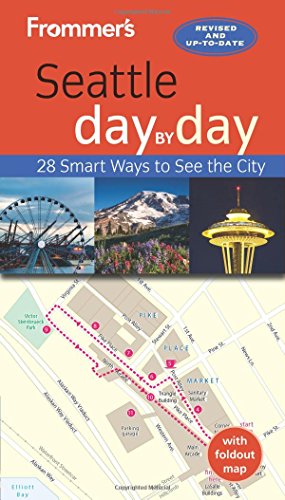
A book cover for Frommer's Seattle day by day; Donald Olson; Travel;